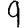
Digit: 9